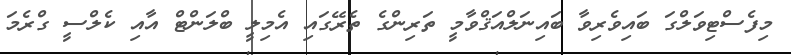
މިފެސްޓިވަލްގަ ބައިވެރިވާ ބައިނަލްއަޤްވާމީ ތަރިންގެ ތެރޭގައި އެމިލީ ބްލަންޓް އާއި ކެލްސީ ގްރެމަ